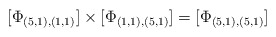
\begin{align*}\lbrack \Phi _{(5,1),(1,1)}]\times [\Phi _{(1,1),(5,1)}]=[\Phi_{(5,1),(5,1)}]\end{align*}